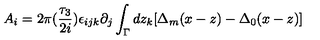
A _ { i } = 2 \pi ( \frac { \tau _ { 3 } } { 2 i } ) \epsilon _ { i j k } \partial _ { j } \int _ { \Gamma } d z _ { k } [ \Delta _ { m } ( x - z ) - \Delta _ { 0 } ( x - z ) ]